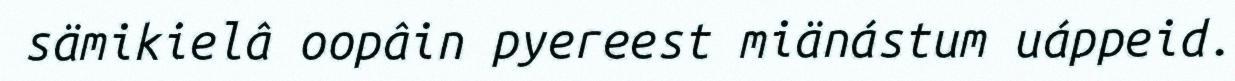
sämikielâ oopâin pyereest miänástum uáppeid.